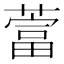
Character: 䔰